Anatomy and histology of ticks - Number 23
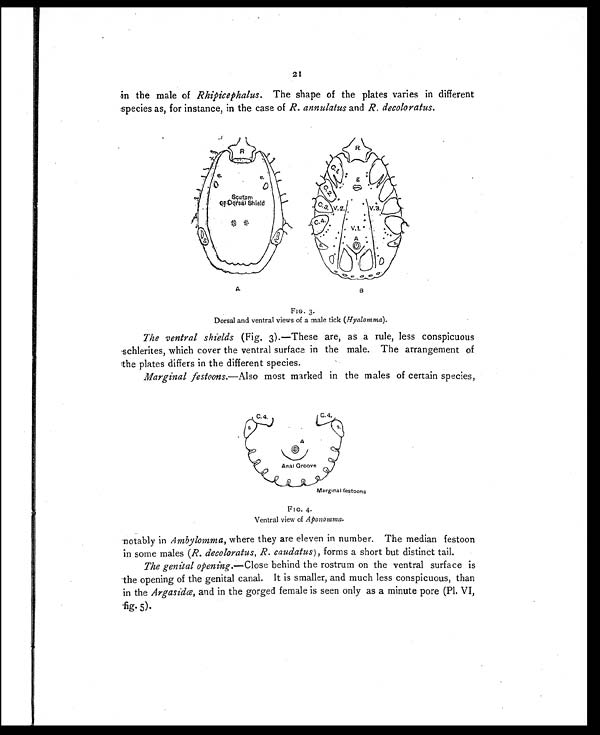
21
in the male of Rhipicephalus . The shape of the plates varies in different
species as, for instance, in the case of R. annulatus and R. decoloratus.
FIG. 3.
Dorsal and ventral views of a male tick (Hyalomma).
The ventral shields (Fig. 3).—These are, as a rule, less conspicuous
schlerites, which cover the ventral surface in the male. The arrangement of
the plates differs in the different species.
Marginal festoons.—Also most marked in the males of certain species,
FIG. 4.
Ventral view of Aponomma.
notably in Ambylomma, where they are eleven in number. The median festoon
in some males ( R. decoloratus, R. caudatus ), forms a short but distinct tail.
The genital opening.—Close behind the rostrum on the ventral surface is
the opening of the genital canal. It is smaller, and much less conspicuous, than
in the Argasidæ and in the gorged female is seen only as a minute pore (Pl. VI,
fig. 5).